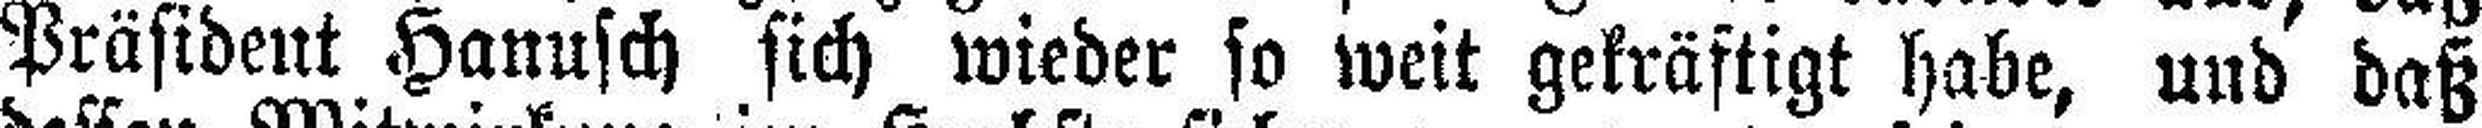
Präsident Hanusch sich wieder so weit gekräftigt habe, und daß